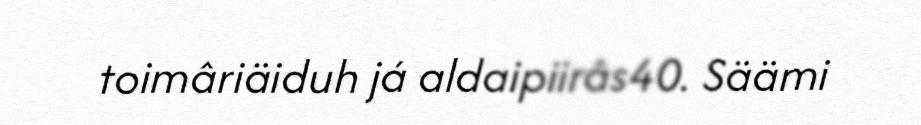
toimâriäiduh já aldaipiirâs40. Säämi